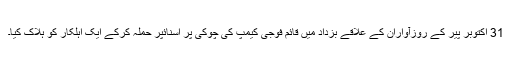
31 اکتوبر پیر کے روزآواران کے علاقے بزداد میں قائم فوجی کیمپ کی چوکی پر اسنائپر حملہ کرکے ایک اہلکار کو ہلاک کیا۔